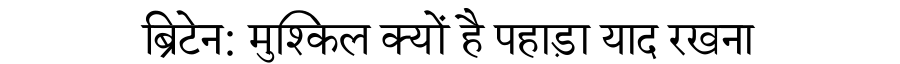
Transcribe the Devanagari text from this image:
ब्रिटेन: मुश्किल क्यों है पहाड़ा याद रखना